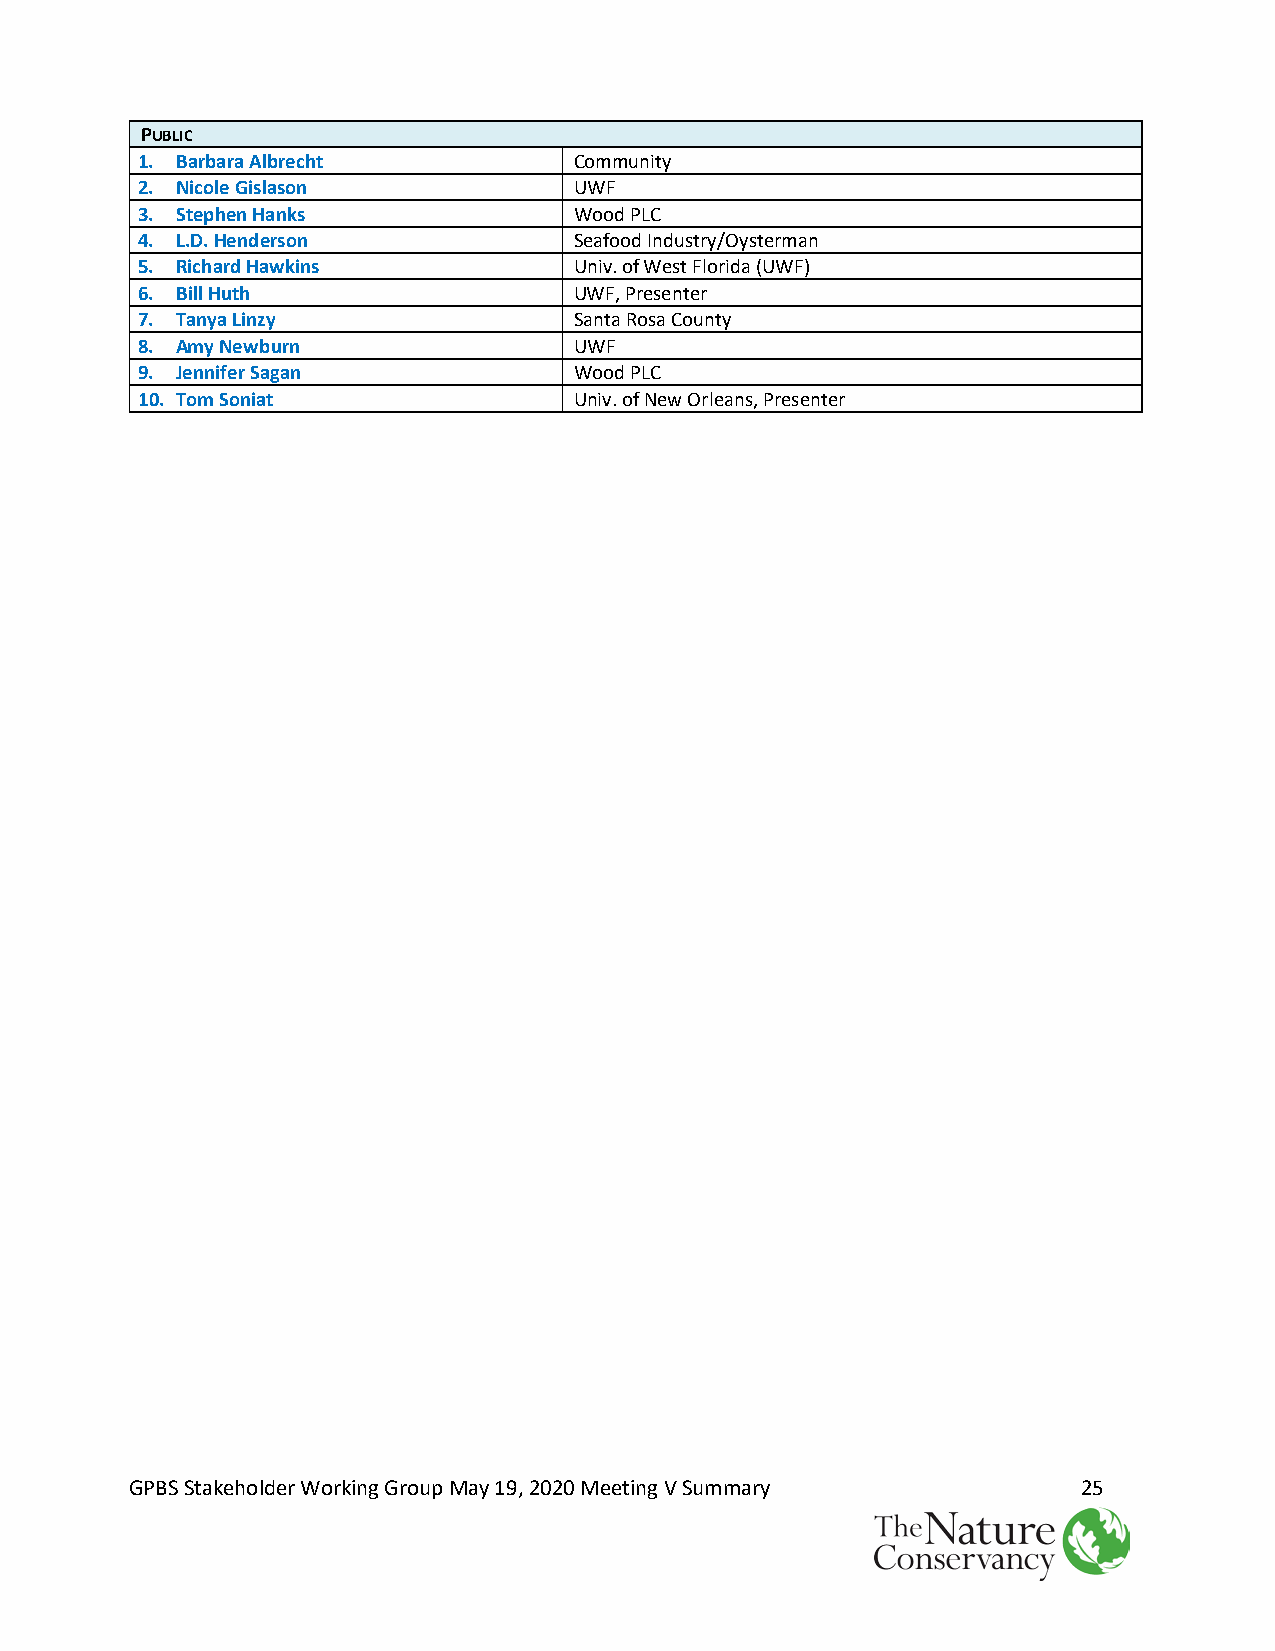
PUBLIC
 1. Barbara Albrecht          Community
 2. Nicole Gislason           UWF
 3. Stephen Hanks             Wood PLC
 4. L.D. Henderson            Seafood Industry/Oysterman
 5. Richard Hawkins           Univ. of West Florida (UWF)
 6. Bill Huth                 UWF, Presenter
 7. Tanya Linzy               Santa Rosa County
 8. Amy Newburn               UWF
 9. Jennifer Sagan            Wood PLC
 10. Tom Soniat               Univ. of New Orleans, Presenter
 GPBS Stakeholder Working Group May 19, 2020 Meeting V Summary  25